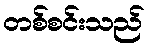
တစ်စင်းသည်